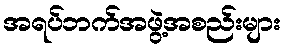
အရပ်ဘက်အဖွဲ့အစည်းများ